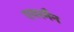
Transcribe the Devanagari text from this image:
एयरमैन